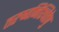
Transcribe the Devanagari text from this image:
तरुष्वनिश्चितेषु